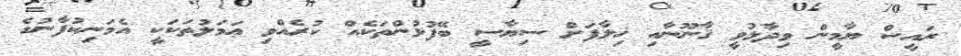
ރައީސް ޔާމީން ވިދާޅުވީ ޤާނޫނާއި ޚިލާފަށް ސިޔާސީ ބޭފުޅުންތަކެއް ކުރެއްވި ޢަމަލުތަކަކީ އެމަނިކުފާނުގެ